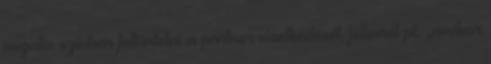
negatív színben feltüntetni a partner viselkedését, jellemét pl. „amikor